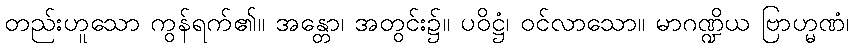
တည်းဟူသော ကွန်ရက်၏။ အန္တော၊ အတွင်း၌။ ပဝိဋ္ဌံ၊ ဝင်လာသော။ မာဂဏ္ဍိယ ဗြာဟ္မဏံ၊